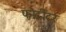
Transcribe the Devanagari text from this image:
फोर्टीटर